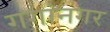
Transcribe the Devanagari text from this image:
गगांनगर